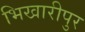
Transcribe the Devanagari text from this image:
भिखारीपुर